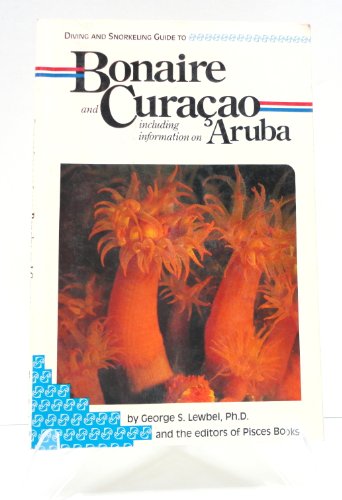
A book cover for Diving and snorkeling guide to Bonaire and Curacao including information on Aruba; George S Lewbel; Travel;